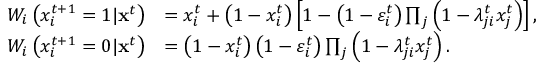
\begin{array} { r l } { W _ { i } \left( x _ { i } ^ { t + 1 } = 1 | { \bf x } ^ { t } \right) } & { = x _ { i } ^ { t } + \left( 1 - x _ { i } ^ { t } \right) \left[ 1 - \left( 1 - \varepsilon _ { i } ^ { t } \right) \prod _ { j } \left( 1 - \lambda _ { j i } ^ { t } x _ { j } ^ { t } \right) \right] , } \\ { W _ { i } \left( x _ { i } ^ { t + 1 } = 0 | { \bf x } ^ { t } \right) } & { = \left( 1 - x _ { i } ^ { t } \right) \left( 1 - \varepsilon _ { i } ^ { t } \right) \prod _ { j } \left( 1 - \lambda _ { j i } ^ { t } x _ { j } ^ { t } \right) . } \end{array}